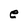
Character: e